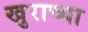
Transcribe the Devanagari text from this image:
खुराच्या